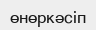
өнөркәсіп